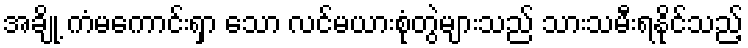
အချို့ ကံမကောင်းရှာ သော လင်မယားစုံတွဲများသည် သားသမီးရနိုင်သည့်